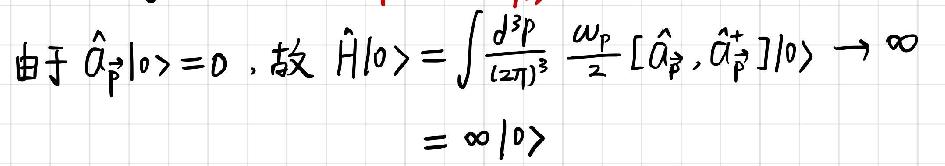
由于 $\hat{a}_{\vec{p}}|0\rangle = 0$，故
\[
\begin{align*}
\hat{H}|0\rangle&=\int\frac{d^{3}p}{(2\pi)^{3}}\frac{\omega_{p}}{2}[\hat{a}_{\vec{p}},\hat{a}_{\vec{p}}^{+}]|0\rangle\rightarrow\infty\\
&=\infty|0\rangle
\end{align*}
\]